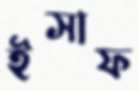
ইসাফ